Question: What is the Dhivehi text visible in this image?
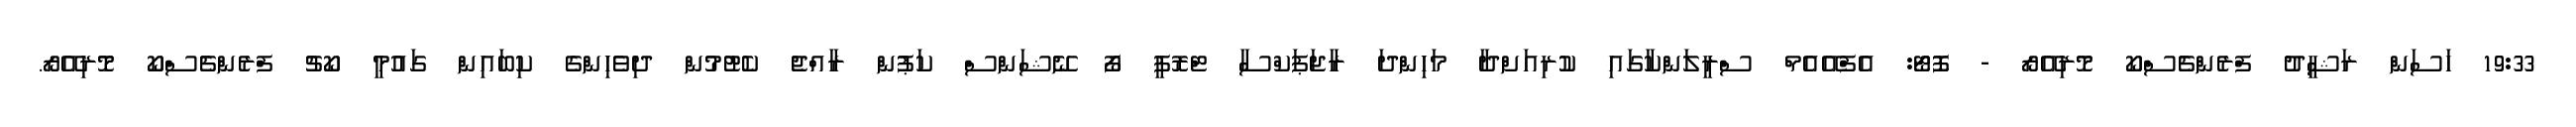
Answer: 19:33 ހަސަން ރަޝީދު ފްރެންޗެސްކޯ މޮރިއޭރޯ - ފޮޓޯ: އެފްއޭއެމް ސްރީލަންކާގައި ކުރިއަށްދާ މަހިންދަ ރާޖަޕަކްސާ ޓްރޮފީ ފޯ ނޭޝަންސް ކަޕުން ރާއްޖެ ކެޓުމުން ދިވެހިންގެ ކިބައިން ގައުމީ ކޯޗު ފްރެންޗެސްކޯ މޮރިއޭރޯ.